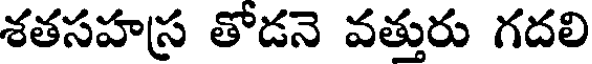
శతసహస్ర తోడనె వత్తురు గదలి